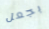
بجعل